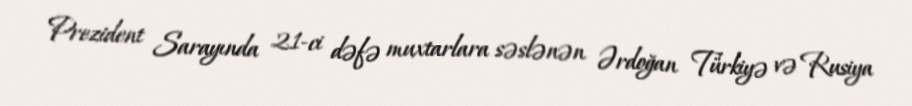
Prezident Sarayında 21-ci dəfə muxtarlara səslənən Ərdoğan Türkiyə və Rusiya